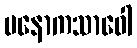
မနောကသာဝေါ